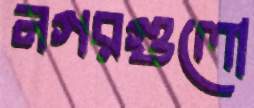
নগরগুলো